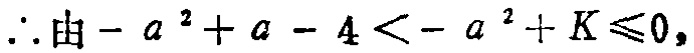
\(\therefore 由 - a^{2}+a - 4 < - a^{2}+K\leqslant0,\)